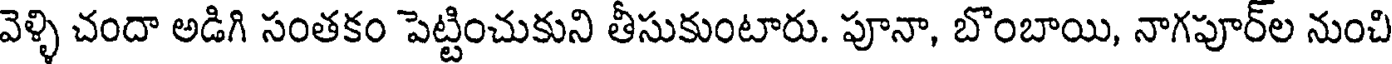
వెళ్ళి చందా అడిగి సంతకం పెట్టించుకుని తీసుకుంటారు. పూనా, బొంబాయి, నాగపూర్ల నుంచి